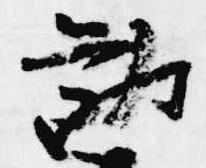
勧